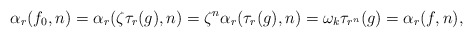
\begin{align*}\alpha_r(f_0,n) = \alpha_r(\zeta \tau_r(g),n) = \zeta^n \alpha_r(\tau_r(g),n) = \omega_k \tau_{r^n}(g) = \alpha_r(f,n),\end{align*}